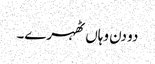
دو دن وہاں ٹھہرے۔